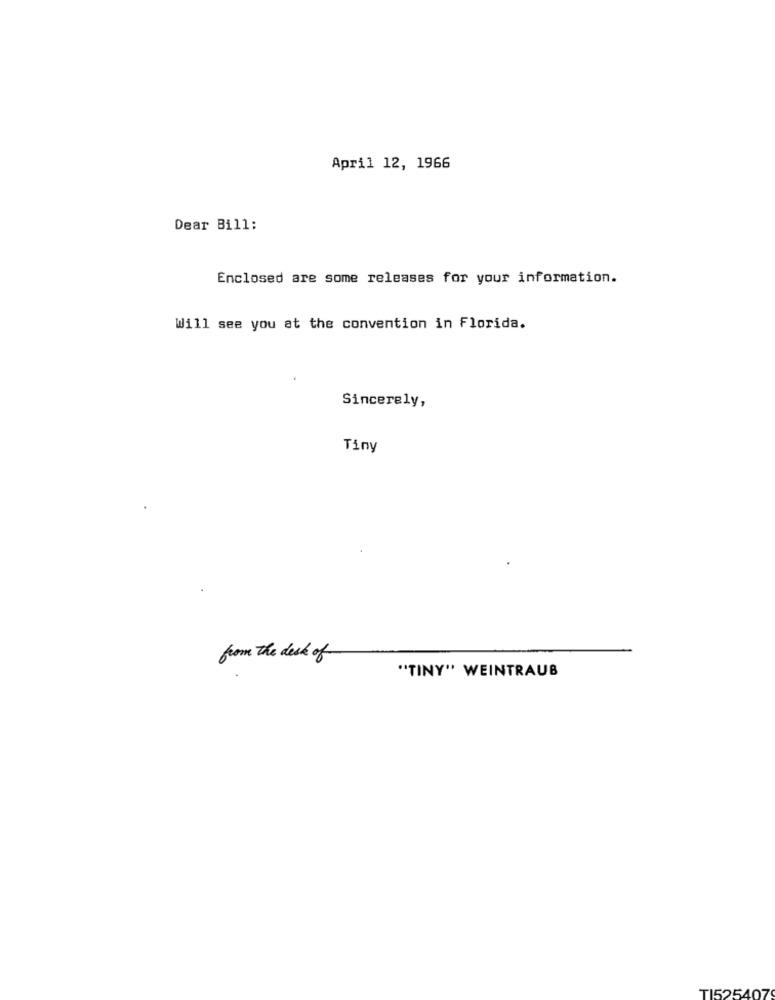
April 12, 1966
Dear Bill:
Enclosed are some releases for your information.
Will see you at the convention in Florida.
Sincerely,
Tiny
from the desk of
"TINY" WEINTRAUB
TI5254079